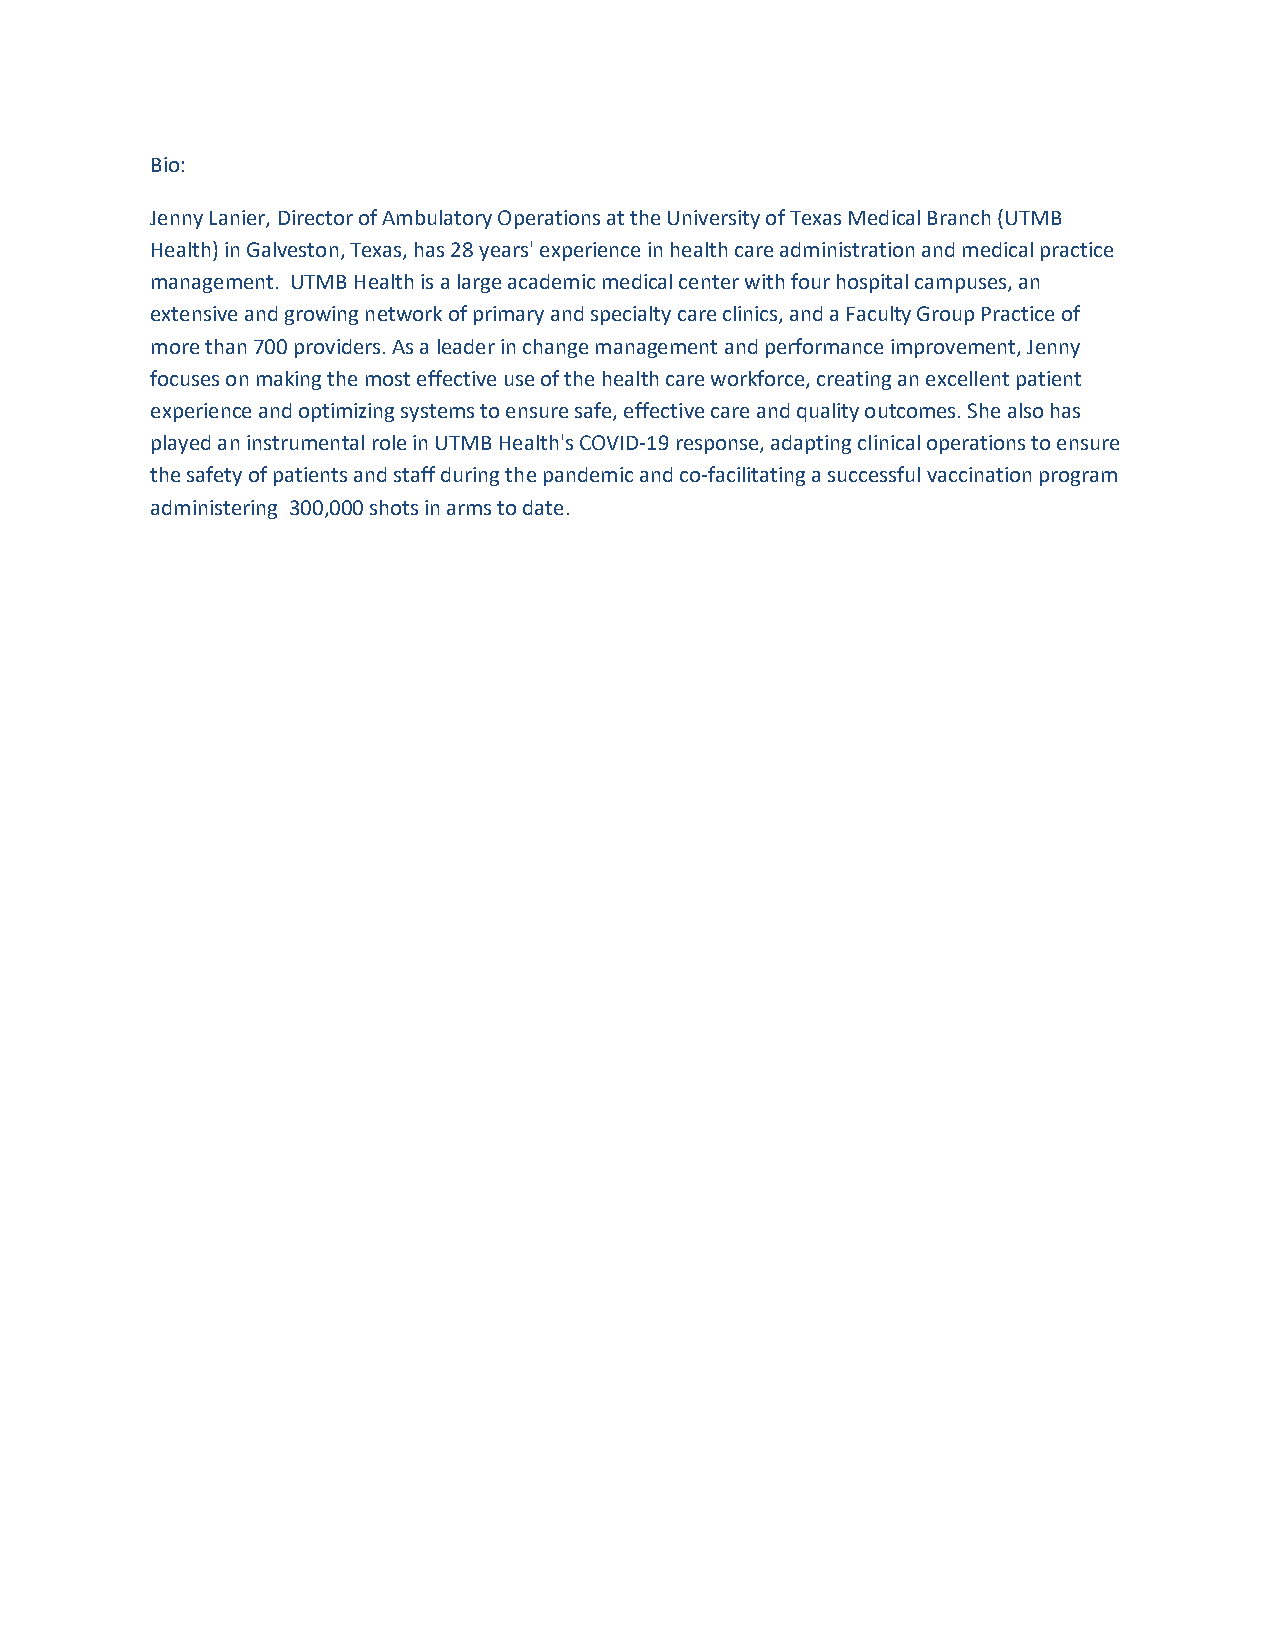
Bio:
 Jenny Lanier, Director of Ambulatory Operations at the University of Texas Medical Branch (UTMB
 Health) in Galveston, Texas, has 28 years' experience in health care administration and medical practice
 management. UTMB Health is a large academic medical center with four hospital campuses, an
 extensive and growing network of primary and specialty care clinics, and a Faculty Group Practice of
 more than 700 providers. As a leader in change management and performance improvement, Jenny
 focuses on making the most effective use of the health care workforce, creating an excellent patient
 experience and optimizing systems to ensure safe, effective care and quality outcomes. She also has
 played an instrumental role in UTMB Health's COVID-19 response, adapting clinical operations to ensure
 the safety of patients and staff during the pandemic and co-facilitating a successful vaccination program
 administering 300,000 shots in arms to date.